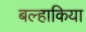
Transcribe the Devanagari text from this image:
बल्हाकिया